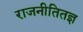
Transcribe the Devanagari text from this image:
राजनीतितज्ञ